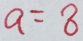
a = 8